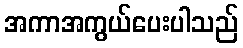
အကာအကွယ်ပေးပါသည်